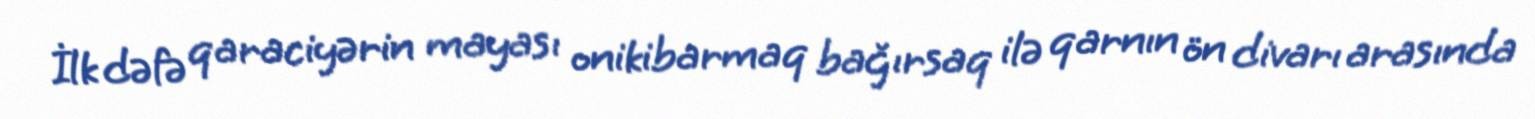
İlk dəfə qaraciyərin mayası onikibarmaq bağırsaq ilə qarnın ön divarı arasında